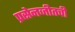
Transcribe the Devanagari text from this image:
प्रसेनजीतची